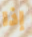
إذا